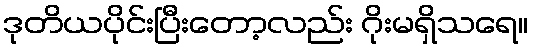
ဒုတိယပိုင်းပြီးတော့လည်း ဂိုးမရှိသရေ။